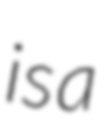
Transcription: is a